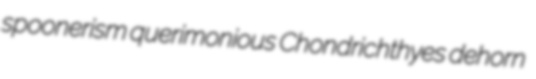
spoonerism querimonious Chondrichthyes dehorn